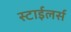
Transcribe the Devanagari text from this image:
स्टाईलर्स